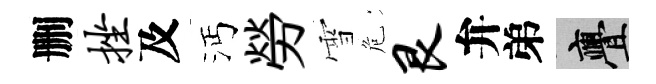
删挫及沔勞雪危艮弁弟亹